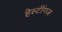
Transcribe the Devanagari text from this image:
हेस्टींगज